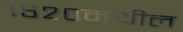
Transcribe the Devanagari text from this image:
१५२०मधील